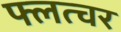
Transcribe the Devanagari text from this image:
फ्लत्चर